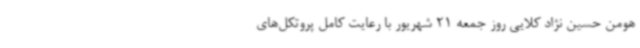
هومن حسین نژاد کلایی روز جمعه 21 شهریور با رعایت کامل پروتکل‌های